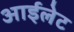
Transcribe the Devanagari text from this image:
आईलेट